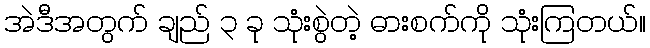
အဲဒီအတွက် ချည် ၃ ခု သုံးစွဲတဲ့ ဓားစက်ကို သုံးကြတယ်။